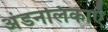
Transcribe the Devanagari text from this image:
अंडनलिकाएँ